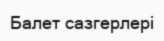
Балет сазгерлері